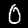
Label: 0